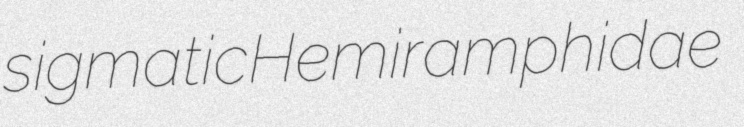
sigmatic Hemiramphidae